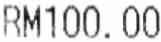
RM100.00